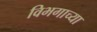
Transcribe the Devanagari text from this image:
विभगाच्या